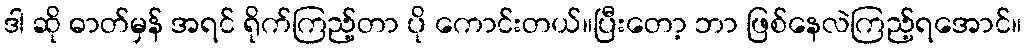
ဒါ ဆို ဓာတ်မှန် အရင် ရိုက်ကြည့်တာ ပို ကောင်းတယ်။ပြီးတော့ ဘာ ဖြစ်နေလဲကြည့်ရအောင်။